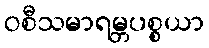
ဝစီသမာရမ္ဘပစ္စယာ